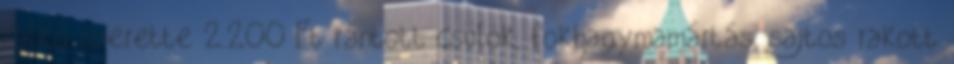
Palkó szerette 2.200 Ft rántott csülök, fokhagymamártás, sajtos rakott